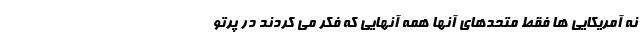
نه آمریکایی ها فقط متحدهای آنها همه آنهایی که فکر می کردند در پرتو